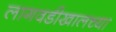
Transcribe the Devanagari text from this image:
लागवडीखालच्या